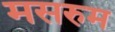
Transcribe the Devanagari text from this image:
मसरुम